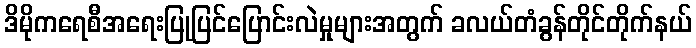
ဒိမိုကရေစီအရေးပြုပြင်ပြောင်းလဲမှုများအတွက် ခလယ်တံခွန်တိုင်တိုက်နယ်